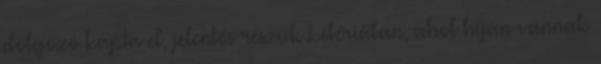
dolgozó kapta el, jelentős részük Libériában, ahol híján vannak